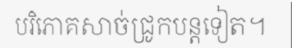
បរិភោគសាច់ជ្រូកបន្តទៀត។